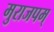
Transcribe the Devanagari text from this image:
मुराजपम्